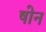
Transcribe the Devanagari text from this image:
षोन